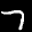
Label: 7